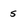
Character: 5